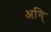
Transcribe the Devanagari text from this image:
अगि्